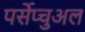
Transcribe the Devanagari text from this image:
पर्सेप्चुअल